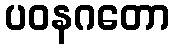
ပဝနဂတော